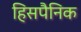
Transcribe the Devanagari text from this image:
हिसपैनिक